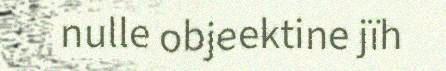
nulle objeektine jïh